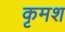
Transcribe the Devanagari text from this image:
कृमश